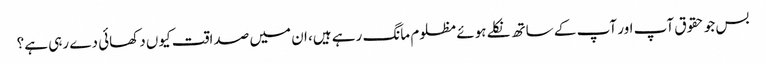
بس جو حقوق آپ اور آپ کے ساتھ نکلے ہوئے مظلوم مانگ رہے ہیں، ان میں صداقت کیوں دکھائی دے رہی ہے؟